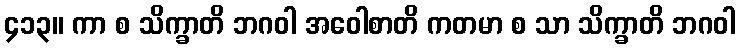
၄၁၃။ ကာ စ သိက္ခာတိ ဘဂဝါ အဝေါစာတိ ကတမာ စ သာ သိက္ခာတိ ဘဂဝါ